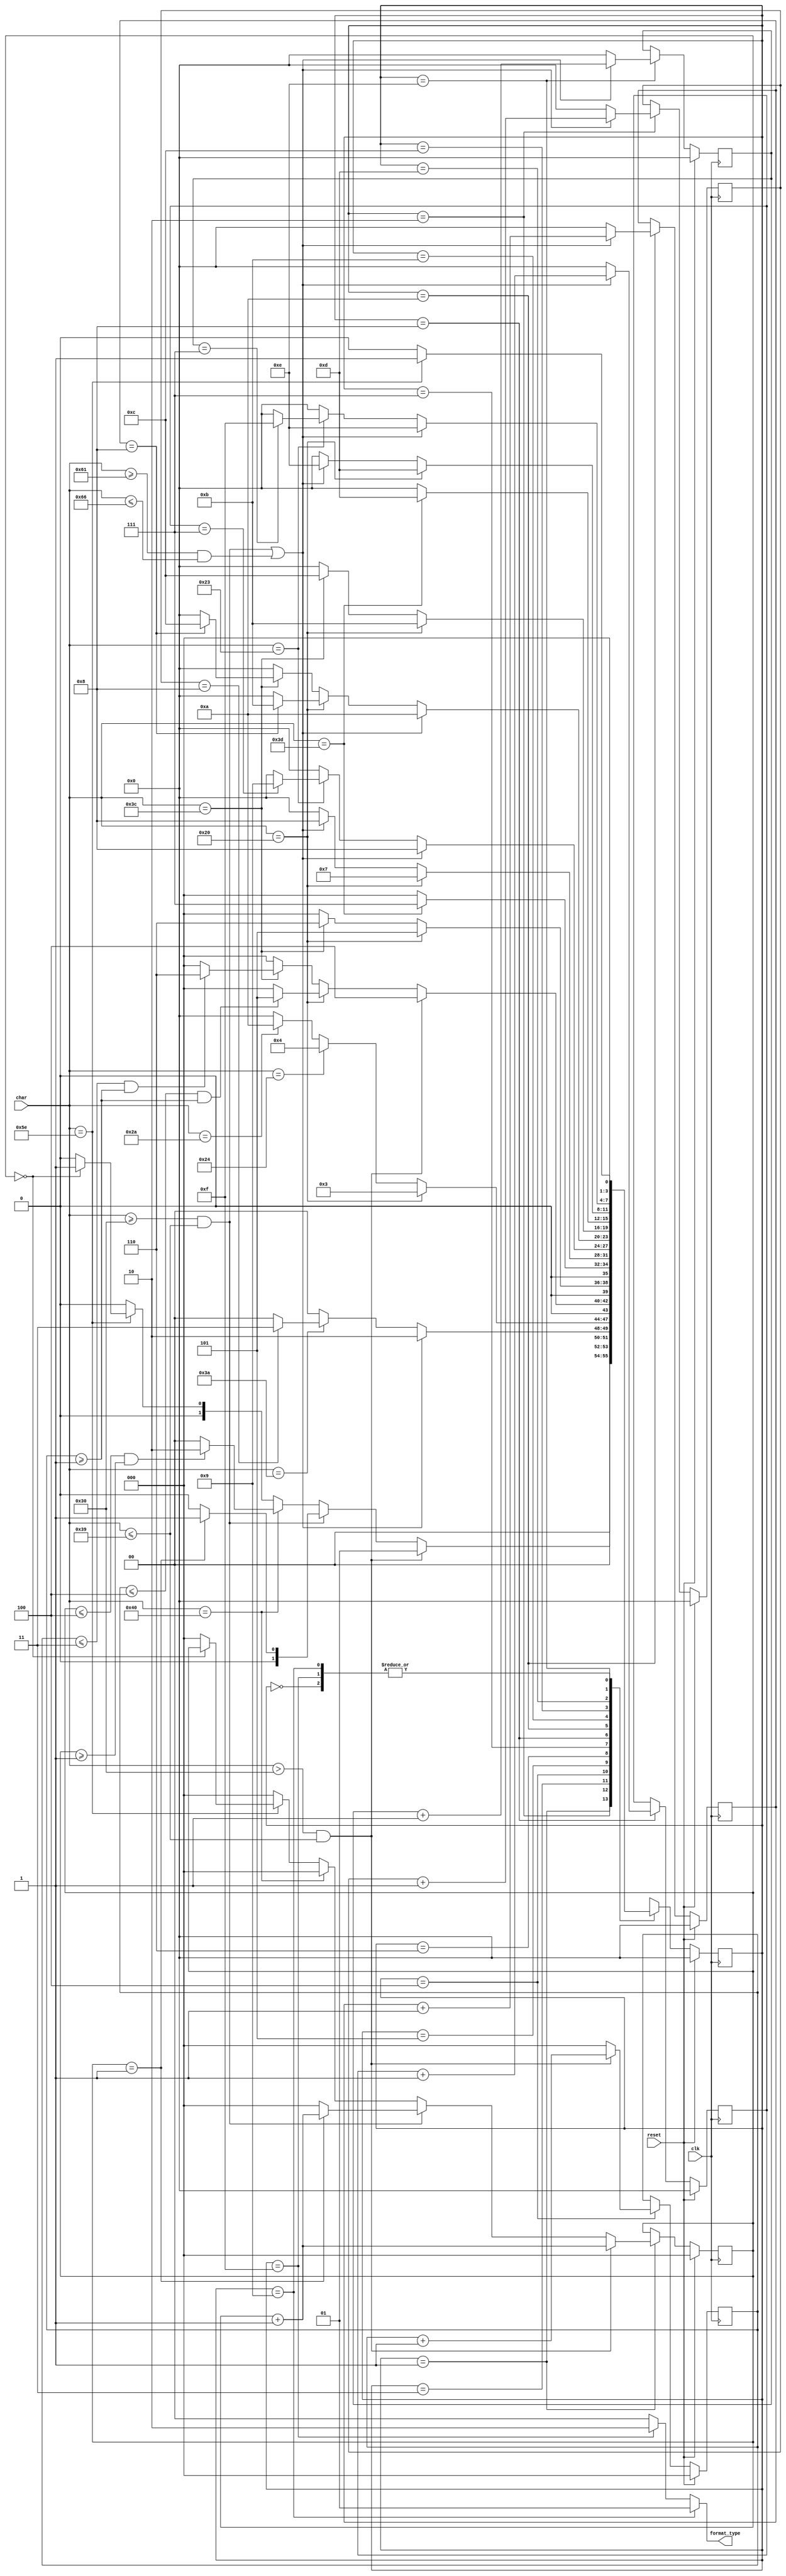
`timescale 1ns / 1ps
`define S0 4'b0000
`define S1 4'b0001
`define S2 4'b0010
`define S3 4'b0011
`define S4 4'b0100
`define S5 4'b0101
`define S6 4'b0110
`define S7 4'b0111
`define S8 4'b1000
`define S9 4'b1001
`define S10 4'b1010
`define S11 4'b1011
`define S12 4'b1100
`define S13 4'b1101
`define S14 4'b1110
`define S15 4'b1111
`define CounterZeroThreeBits 3'b000
`define CounterZeroFourBits 4'b0000

module cpu_checker(
        input clk,
        input [7:0] char,
        input reset,
        output [1:0] format_type
    );

    reg [2:0] counter1;
    reg [2:0] counter2;
    reg [3:0] counter3;
    reg [3:0] counter4;
    reg [3:0] counter5;
    reg [3:0] counter6;

    reg [3:0] status;

    always @(posedge clk) begin
        if (reset == 1'b1) begin
            status <= `S0;
            counter1 <= `CounterZeroThreeBits;
            counter2 <= `CounterZeroThreeBits;
            counter3 <= `CounterZeroFourBits;
            counter4 <= `CounterZeroFourBits;
            counter5 <= `CounterZeroFourBits;
            counter6 <= `CounterZeroFourBits;
        end
        else begin
            case (status)
                `S0: begin
                    if (char == "^") begin
                        status <= `S1;
                    end
                    else begin
                        status <= `S0;
                    end
                end
                `S1: begin
                    if (char > "0" && char <= "9") begin
                        counter1 <= counter1 + 3'b001;
                        status <= `S1;
                    end
                    else if (char >= "0" && char <= "9") begin
                        if (counter1 == 3'b001) begin
                            counter1 <= counter1 + 3'b001;
                            status <= `S1;
                        end
                        else begin
                            status <= `S0;
                            counter1 <= `CounterZeroThreeBits;
                        end
                    end
                    else if (char == "@") begin
                        if (counter1 <= 3'b100 && counter1 >= 3'b001) begin
                            counter1 <= `CounterZeroThreeBits;
                            status <= `S2;
                        end
                        else begin
                            counter1 <= `CounterZeroThreeBits;
                            status <= `S0;
                        end
                    end
                    else if (char == "^") begin
                        if (counter1 == 3'b000) begin
                            status <= `S1;
                        end
                        else begin
                            counter1 <= `CounterZeroThreeBits;
                            status <= `S0;
                        end
                    end
                    else begin
                        counter1 <= `CounterZeroThreeBits;
                        status <= `S0;
                    end
                end
                `S2: begin
                    if ((char >= "0" && char <= "9") || (char >= "a" && char <= "f")) begin
                        counter3 <= counter3 + 4'b0001;
                        status <= `S2;
                    end
                    else if (char == ":") begin
                        if (counter3 == 4'b1000) begin
                            counter3 <= `CounterZeroFourBits;
                            status <= `S3;
                        end
                        else begin
                            counter3 <= `CounterZeroFourBits;
                            status <= `S0;
                        end
                    end
                    else begin
                        counter3 <= `CounterZeroFourBits;
                        status <= `S0;
                    end
                end
                `S3: begin
                    if (char == " ") begin
                        status <= `S3;
                    end
                    else if (char == "$") begin
                        status <= `S4;
                    end
                    else if (char == "*") begin
                        status <= `S10;
                    end
                    else begin
                        status <= `S0;
                    end
                end
                `S4: begin
                    if (char > "0" && char <= "9") begin
                        counter2 <= counter2 + 3'b001;
                        status <= `S4;
                    end
                    // else if ((char >= "0" && char <= "9")) begin
                    //     if (counter2 == 3'b001) begin
                    //         counter2 <= counter2 + 3'b001;
                    //         status <= `S4;
                    //     end
                    //     else begin
                    //         status <= `S0;
                    //         counter2 <= `CounterZeroThreeBits;
                    //     end
                    // end
                    else if (char == " ") begin
                        if (counter2 <= 3'b100 && counter2 >= 3'b001) begin
                            status <= `S5;
                            counter2 <= `CounterZeroThreeBits;
                        end
                        else begin
                            counter2 <= `CounterZeroThreeBits;
                            status <= `S0;
                        end
                    end
                    else if (char == "<") begin
                        if (counter2 <= 3'b011 && counter2 >= 3'b001) begin
                            status <= `S6;
                            counter2 <= `CounterZeroThreeBits;
                        end
                        else begin
                            counter2 <= `CounterZeroThreeBits;
                            status <= `S0;
                        end
                    end
                    else begin
                        counter2 <= `CounterZeroThreeBits;
                        status <= `S0;
                    end
                end
                `S5: begin
                    if (char == " ") begin
                        status <= `S5;
                    end
                    else if (char == "<") begin
                        status <= `S6;
                    end
                    else begin
                        status <= `S0;
                    end
                end
                `S6: begin
                    if (char == "=") begin
                        status <= `S7;
                    end
                    else begin
                        status <= `S0;
                    end
                end
                `S7: begin
                    if (char == " ") begin
                        status <= `S7;
                    end
                    else if ((char >= "0" && char <= "9") || (char >= "a" && char <= "f")) begin
                        status <= `S8;
                    end
                    else begin
                        status <= `S0;
                    end
                end
                `S8: begin
                    if ((char >= "0" && char <= "9") || (char >= "a" && char <= "f")) begin
                        counter4 <= counter4 + 4'b0001;
                        status <= `S8;
                    end
                    else if (char == "#") begin
                        if (counter4 == 4'b0111) begin
                            counter4 <= `CounterZeroFourBits;
                            status <= `S9;
                        end
                        else begin
                            counter4 <= `CounterZeroFourBits;
                            status <= `S0;
                        end
                    end
                    else begin
                        counter4 <= `CounterZeroFourBits;
                        status <= `S0;
                    end
                end
                `S9: begin
                    if (char == "^") begin
                        status <= `S1;
                    end
                    else begin
                        status <= `S0;
                    end
                end
                `S10: begin
                    if ((char >= "0" && char <= "9") || (char >= "a" && char <= "f")) begin
                        counter5 <= counter5 + 4'b0001;
                        status <= `S10;
                    end
                    else if (char == " ") begin
                        if (counter5 == 4'b1000) begin
                            counter5 <= `CounterZeroFourBits;
                            status <= `S11;
                        end
                        else begin
                            counter5 <= `CounterZeroFourBits;
                            status <= `S0;
                        end
                    end
                    else if (char == "<") begin
                        if (counter5 == 4'b1000) begin
                            counter5 <= `CounterZeroFourBits;
                            status <= `S12;
                        end
                        else begin
                            counter5 <= `CounterZeroFourBits;
                            status <= `S0;
                        end
                    end
                    else begin
                        counter5 <= `CounterZeroFourBits;
                        status <= `S0;
                    end
                end
                `S11: begin
                    if (char == " ") begin
                        status <= `S11;
                    end
                    else if (char == "<") begin
                        status <= `S12;
                    end
                    else begin
                        status <= `S0;
                    end
                end
                `S12: begin
                    if (char == "=") begin
                        status <= `S13;
                    end
                    else begin
                        status <= `S0;
                    end
                end
                `S13: begin
                    if (char == " ") begin
                        status <= `S13;
                    end
                    else if ((char >= "0" && char <= "9") || (char >= "a" && char <= "f")) begin
                        status <= `S14; // some continuous problem
                    end
                    else begin
                        status <= `S0;
                    end
                end
                `S14: begin
                    if ((char >= "0" && char <= "9") || (char >= "a" && char <= "f")) begin
                        counter6 <= counter6 + 4'b0001;
                        status <= `S14;
                    end
                    else if (char == "#") begin
                        if (counter6 == 4'b0111) begin
                            counter6 <= `CounterZeroFourBits;
                            status <= `S15;
                        end
                        else begin
                            counter6 <= `CounterZeroFourBits;
                            status <= `S0;
                        end
                    end
                    else begin
                        counter6 <= `CounterZeroFourBits;
                        status <= `S0;
                    end
                end
                `S15: begin
                    if (char == "^") begin
                        status <= `S1;
                    end
                    else begin
                        status <= `S0;
                    end
                end
                default: begin
                    status <= `S0;
                end
            endcase
        end
    end
    assign format_type = (status == `S9) ? 2'b01 :
           (status == `S15) ? 2'b10 :
           2'b00;
endmodule //cpu_chekcer